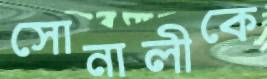
সোনালীকে